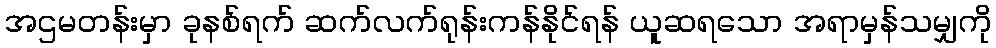
အဌမတန်းမှာ ခုနစ်ရက် ဆက်လက်ရုန်းကန်နိုင်ရန် ယူဆရသော အရာမှန်သမျှကို